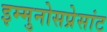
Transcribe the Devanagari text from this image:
इम्मुनोसप्रेसांट